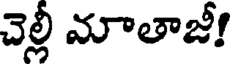
చెల్లీ మాతాజీ!